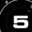
Digit: 5